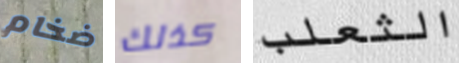
ضخام كذلك الثعلب